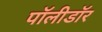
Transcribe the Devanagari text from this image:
पॉलीडॉर